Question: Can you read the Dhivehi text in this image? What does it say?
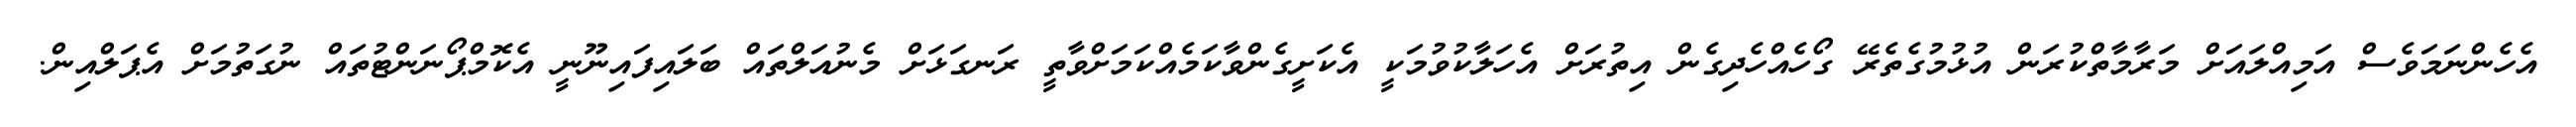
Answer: އެހެންނަމަވެސް އަމިއްލައަށް މަރާމާތްކުރަން އުޅުމުގެތެރޭ ގޯހެއްހެދިގެން އިތުރަށް އެހަލާކުވުމަކީ އެކަށީގެންވާކަމެއްކަމަށްވާތީ ރަނގަޅަށް މެނުއަލްތައް ބަލައިފައިނޫނީ އެކޮމްޕޯނަންޓުތައް ނުގަތުމަށް އެޕަލްއިން.